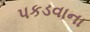
પકડવાના